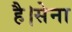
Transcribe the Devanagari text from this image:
है।सेना